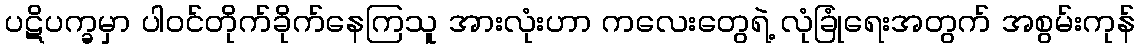
ပဋိပက္ခမှာ ပါဝင်တိုက်ခိုက်နေကြသူ အားလုံးဟာ ကလေးတွေရဲ့ လုံခြုံရေးအတွက် အစွမ်းကုန်